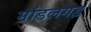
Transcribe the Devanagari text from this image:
मांडलगड